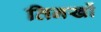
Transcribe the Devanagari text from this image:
तिनखों